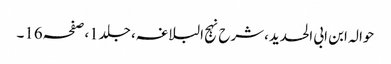
حوالہ ابن ابی الحدید،شرح نہج البلاغہ، جلد1،صفحہ16۔